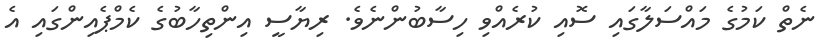
ނެތް ކަމުގެ މައްސަލާގައި ސޮއި ކުރެއްވި ހިސާބުންނެވެ. ރިޔާސީ އިންތިހާބުގެ ކެމްޕެއިންގައި އެ